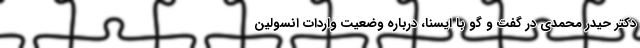
دکتر حیدر محمدی در گفت و گو با ایسنا، درباره وضعیت واردات انسولین